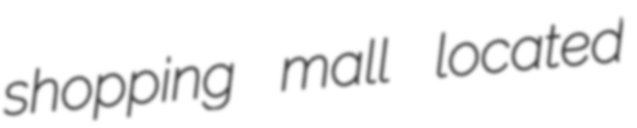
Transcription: shopping mall located